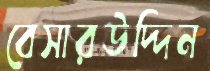
বেসারউদ্দিন